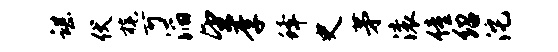
谌伏旄可滔望李蜂史茅滚僮绍沱